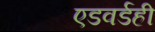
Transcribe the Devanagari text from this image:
एडवर्डही